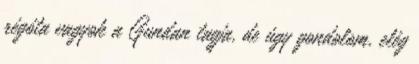
régóta vagyok a Gundan tagja, de úgy gondolom, elég